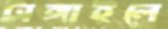
টাঙ্গাইলে